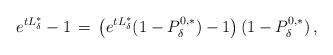
LaTeX: \begin{align*} e^{t L^*_{ \delta}}-1 \, =\, \left(e^{t L^*_{ \delta}}(1-P_{ \delta}^{ 0, \ast})-1\right) (1-P_{ \delta}^{ 0, \ast})\, ,\end{align*}